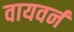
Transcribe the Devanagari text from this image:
वायवर्न